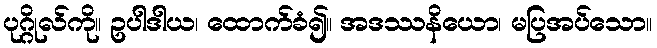
ပုဂ္ဂိုလ်ကို။ ဥပါဒါယ၊ ထောက်ခံ၍။ အဒဿနိယော၊ မပြအပ်သော။